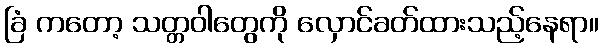
ခြံ ကတော့ သတ္တဝါတွေကို လှောင်ခတ်ထားသည့်နေရာ။